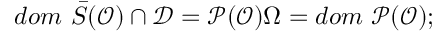
d o m \, \, \bar { S } ( \mathcal { O } ) \cap \mathcal { D } = \mathcal { P } ( \mathcal { O } ) \Omega = d o m \, \, \mathcal { P } ( \mathcal { O } ) ;